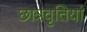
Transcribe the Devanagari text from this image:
छात्रवृतियां